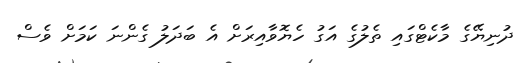
ދުނިޔޭގެ މާކެޓްގައި ތެލުގެ އަގު ހެޔޮވާއިރަށް އެ ބަދަލު ގެންނަ ކަމަށް ވެސް